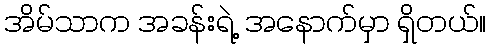
အိမ်သာက အခန်းရဲ့ အနောက်မှာ ရှိတယ်။